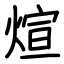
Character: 煊